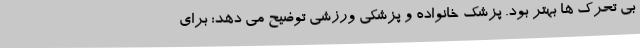
بی تحرک ها بهتر بود. پزشک خانواده و پزشکی ورزشی توضیح می دهد: برای